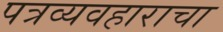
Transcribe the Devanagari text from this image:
पत्रव्यवहाराचा